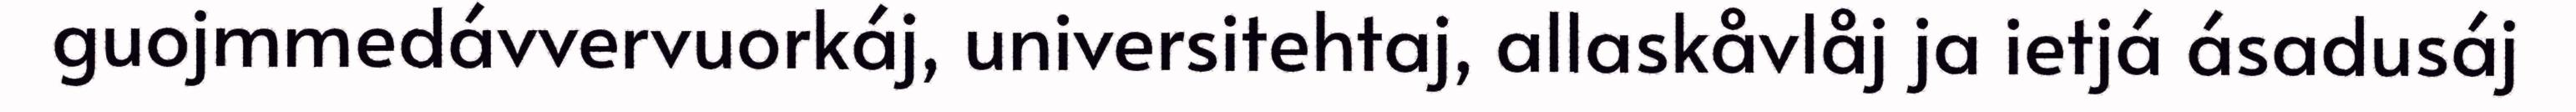
guojmmedávvervuorkáj, universitehtaj, allaskåvlåj ja ietjá ásadusáj